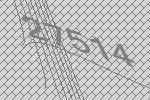
27514